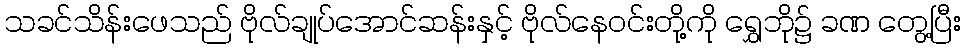
သခင်သိန်းဖေသည် ဗိုလ်ချုပ်အောင်ဆန်းနှင့် ဗိုလ်နေဝင်းတို့ကို ရွှေဘို၌ ခဏ တွေ့ပြီး